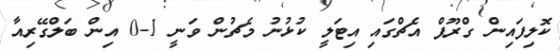
ކޮލިފައިން ގްރޫޕް އެޗްގައި އިޓަލީ ކުޅުނު މެޗުން ވަނީ 1-0 އިން ބަލްގޭރިއާ